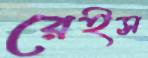
রেইস